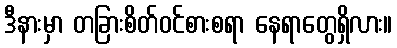
ဒီနားမှာ တခြားစိတ်ဝင်စားစရာ နေရာတွေရှိလား။